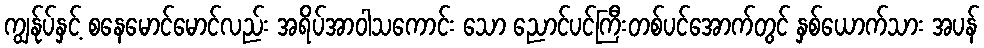
ကျွန်ုပ်နှင့် စနေမောင်မောင်လည်း အရိပ်အာဝါသကောင်း သော ညောင်ပင်ကြီးတစ်ပင်အောက်တွင် နှစ်ယောက်သား အပန်